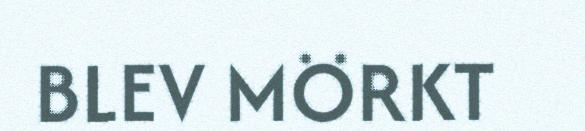
BLEV MÖRKT